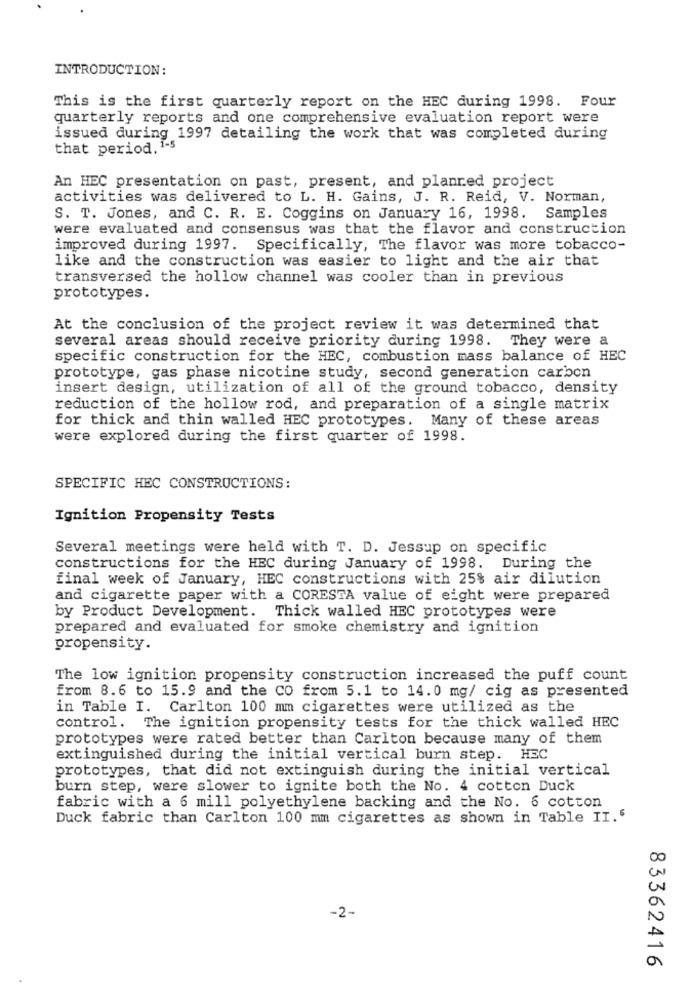
INTRODUCTION:
This is the first quarterly report on the HEC during 1998. Four
quarterly reports and one comprehensive evaluation report were
issued during 1997 detailing the work that was completed during
that period. 1-5
An HEC presentation on past, present, and planred project
activities was delivered to L. H. Gains, J. R. Reid, V. Norman,
S. T. Jones, and C. R. E. Coggins on January 16, 1998. Samples
were evaluated and consensus was that the flavor and construction
improved during 1997. Specifically, The flavor was more tobacco-
like and the construction was easier to light and the air that
transversed the hollow channel was cooler than in previous
prototypes.
At the conclusion of the project review it was determined that
several areas should receive priority during 1998. They were a
specific construction for the HEC, combustion mass balance of HEC
prototype, gas phase nicotine study, second generation carbon
insert design, utilization of all of the ground tobacco, density
reduction of the hollow rod, and preparation of a single matrix
for thick and thin walled HEC prototypes. Many of these areas
were explored during the first quarter of 1998.
SPECIFIC HEC CONSTRUCTIONS:
Ignition Propensity Tests
Several meetings were held with T. D. Jessup on specific
constructions for the HEC during January of 1998. During the
final week of January, HEC constructions with 25% air dilution
and cigarette paper with a CORESTA value of eight were prepared
by Product Development. Thick walled HEC prototypes were
prepared and evaluated for smoke chemistry and ignition
propensity.
The low ignition propensity construction increased the puff count
from 8.6 to 15.9 and the CO from 5.1 to 14.0 mg/ cig as presented
in Table I. Carlton 100 mm cigarettes were utilized as the
control. The ignition propensity tests for the thick walled HEC
prototypes were rated better than Carlton because many of them
extinguished during the initial vertical burn step. HEC
prototypes, that did not extinguish during the initial vertical
burn step, were slower to ignite both the No. 4 cotton Duck
fabric with a 6 mill polyethylene backing and the No. 6 cotton
Duck fabric than Carlton 100 mm cigarettes as shown in Table II.'
-2-
83362416